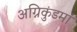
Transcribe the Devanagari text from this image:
अग्निकुंडमां